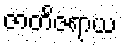
ဇာတိဇရာယ